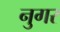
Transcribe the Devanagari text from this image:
नुगर